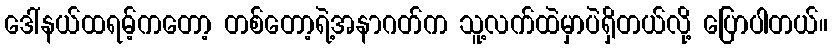
ဒေါ်နယ်ထရမ့်ကတော့ တစ်တော့ရဲ့အနာဂတ်က သူ့လက်ထဲမှာပဲရှိတယ်လို့ ပြောပါတယ်။